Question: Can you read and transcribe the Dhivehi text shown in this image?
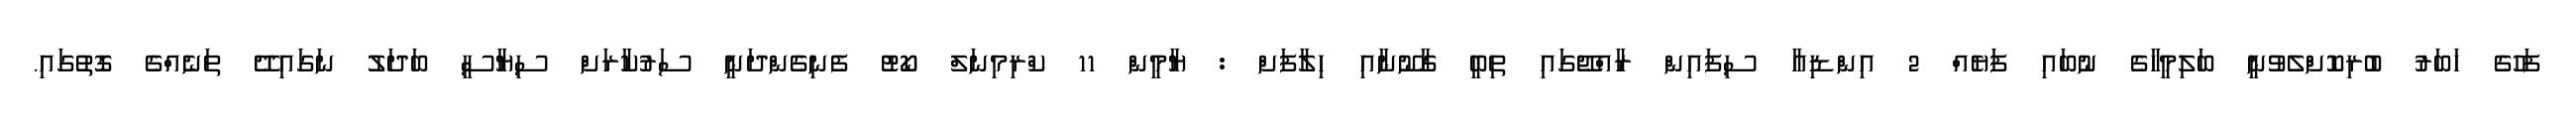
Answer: ފަހުގެ ޚަބަރު ބުރިކޮށްލެވުނީ ބަލިމީހާގެ ނުބައި ފަޔެއް 2 އިންޑިއާ ސިފައިން ރާއްޖޭގައި ތިބީ ގާނޫނާއި ހިލާފަށް : ޔާމީން 11 ކްރިމިނަލް ކޯޓު ފެނިގެންދަނީ ސަރުކާރަށް ސިޔާސީ ބަދަލު ނަގައިދޭ ތަނެއްގެ ގޮތުގައި.